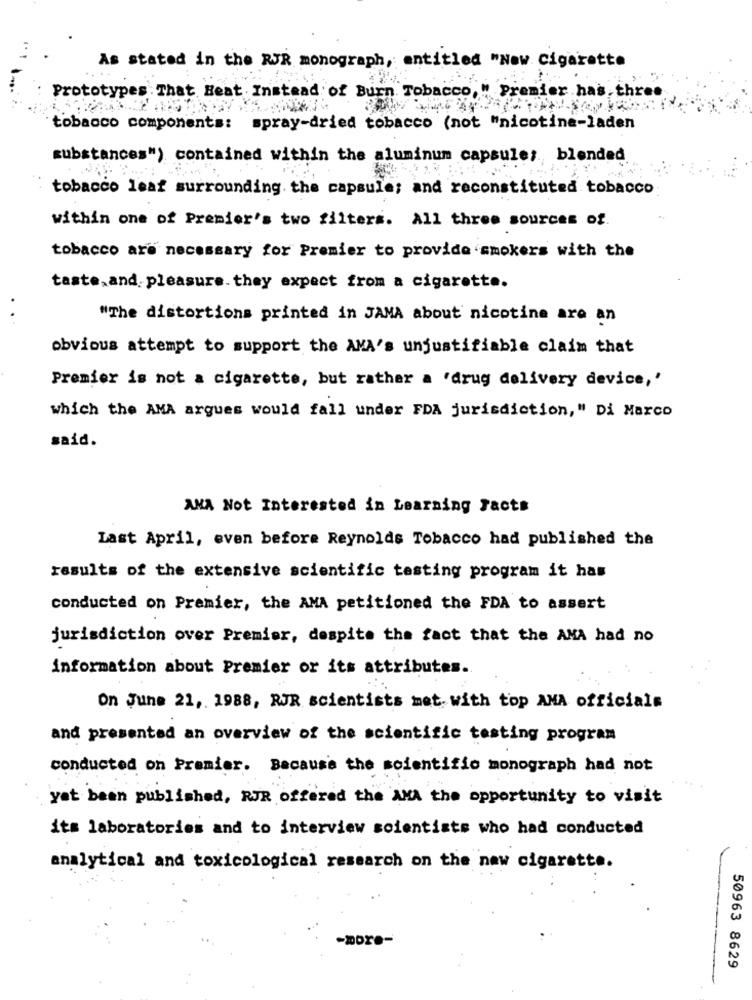
As stated in the RJR monograph, entitled "New Cigarette
Prototypes That Beat Instead of Burn Tobacco, " Premier has three
tobacco components: spray-dried tobacco (not "nicotine-laden
substances") contained within the aluminum capsule; blended
tobacco leaf surrounding the capsule; and reconstituted tobacco
within one of Premier's two filters. All three sources of.
tobacco are necessary for Premier to provide smokers with the
taste,and pleasure. they expect from a cigarette.
.
. .
"The distortions printed in JAMA about nicotine are an
obvious attempt to support the AMA's unjustifiable claim that
Premier is not a cigarette, but rather a 'drug delivery device,'
which the AMA argues would fall under FDA jurisdiction," Di Marco
said.
AMA Not Interested in Learning Facts
Last April, even before Reynolds Tobacco had published the
results of the extensive scientific testing program it has
conducted on Premier, the AMA petitioned the FDA to assert
jurisdiction over Premier, despite the fact that the AMA had no
information about Premier or its attributes.
On June 21, 1988, RJR scientists met with top ANA officials
and presented an overview of the scientific testing program
conducted on Premier. Because the scientific monograph had not
yet been published, RJR offered the AMA the opportunity to visit
its laboratories and to interview scientists who had conducted
analytical and toxicological research on the new cigarette.
50963 8629